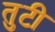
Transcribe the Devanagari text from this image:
तुटी